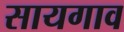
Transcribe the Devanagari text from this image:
सायगाव